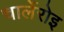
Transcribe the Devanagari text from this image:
चार्लेरोइ